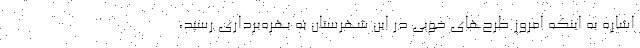
اشاره به اینکه امروز طرح‌های خوبی در این شهرستان به بهره‌برداری رسید،